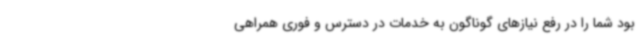
بود شما را در رفع نیازهای گوناگون به خدمات در دسترس و فوری همراهی